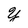
Character: Y